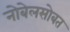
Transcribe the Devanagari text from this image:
नोबेलसोबत